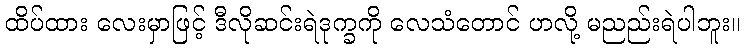
ထိပ်ထား လေးမှာဖြင့် ဒီလိုဆင်းရဲဒုက္ခကို လေသံတောင် ဟလို့ မညည်းရဲပါဘူး။